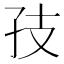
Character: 𪦶